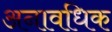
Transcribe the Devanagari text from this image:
अनावधिक